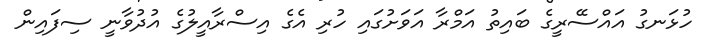
ހުޅަނގު އައްސޭރީގެ ބައިތު އަމްރާ އަވަށުގައި ހުރި އެގެ އިސްރާއީލުގެ އުދުވާނީ ސިފައިން